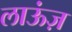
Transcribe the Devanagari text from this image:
लाऊंज़